Report on sanitation, dispensaries, and jails in Rajputana for 1917, and on vaccination for the year 1917-1918 - 1917-1918
Year: 1917
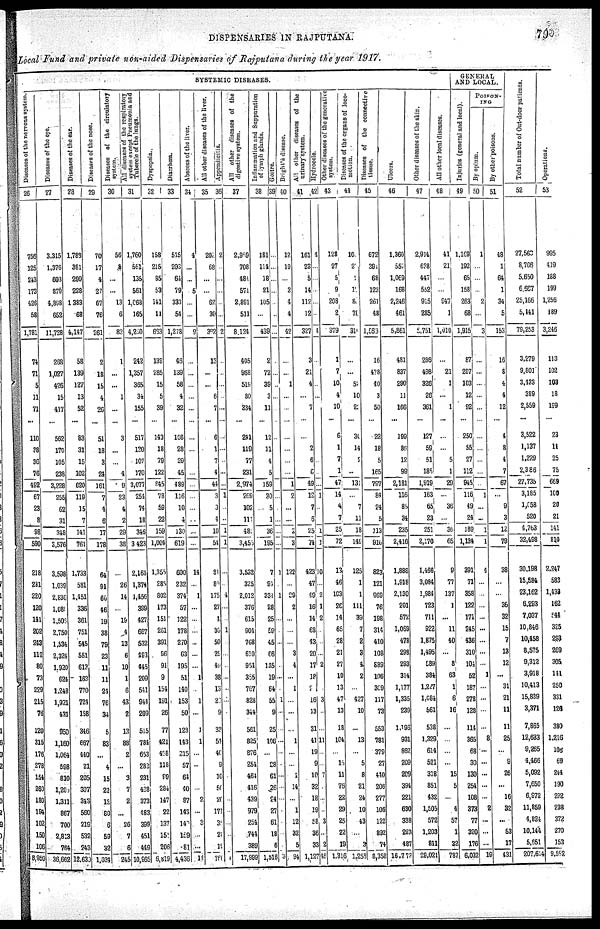
DISPENSARIES IN RAJPUTANA.
79
Local Fund and private non-aided Dispensaries of Rajputana during the year 1917.
SYSTEMIC DISEASES.
Diseases of the nervous system.
26
756
125
243
173
426
58
1,781
74
71
5
11
71
...
110
38
36
76
492
67
23
8
98
590
218
281
220
120
141
202
243
112
80
73
229
215
76
120
315
176
278
154
260
180
194
102
150
106
8,950
Diseases
of the eye.
27
3,315
1,376
608
879
4,898
652
11,728
268
1,027
426
15
417
...
562
176
105
238
3,228
255
62
31
348
3,576
3,598
1,039
2,836
1,080
1,508
2,750
1,534
2,324
1,920
624
1,248
1,921
431
950
1,160
1,064
598
810
1,206
1,311
867
700
2,813
764
36,662
Diseases of the ear.
28
1,788
381
299
228
1,383
68
4,147
58
139
127
13
52
...
83
31
15
102
620
119
15
7
141
761
1,733
581
1,451
336
361
751
545
551
613
163
770
724
158
346
667
440
21
205
307
343
560
219
532
243
12,630
Diseases of the nose.
29
70
17
4
27
67
76
261
2
18
15
4
26
...
51
18
3
24
161
7
4
6
17
178
64
91
60
46
19
38
79
23
11
11
24
76
34
5
83
...
4
15
22
12
80
6
59
32
1,034
Diseases of the circulatory
system.
30
56
8
...
...
13
6
82
1
...
...
1
...
...
3
...
...
4
9
23
4
2
29
38
...
26
14
...
19
4
13
6
10
1
6
43
2
13
88
2
...
3
7
2
...
26
7
6
245
All diseases of the respiratory
system except Pneumonia and
Tubercle of the lungs.
31
1,760
561
135
561
1,068
165
4,250
242
1,257
365
34
155
...
517
120
107
170
3,077
254
74
18
346
3,423
2,161
1,374
1,456
399
427
667
532
493
445
209
541
944
209
515
784
663
282
231
438
373
483
399
451
449
10,965
Dyspepsia.
32
158
215
85
53
141
11
663
139
285
15
5
39
...
143
18
79
122
845
78
59
22
159
1,004
1,355
285
802
173
151
261
391
96
91
9
154
191
26
77
421
428
118
99
284
147
22
137
151
206
6,819
Diarrhœa.
33
515
203
64
79
333
54
1,278
46
139
58
4
32
...
108
28
29
45
489
116
10
4
130
619
600
232
374
57
122
178
270
63
195
51
140
153
50
128
143
215
57
64
40
87
143
140
159
81
4,436
Abscess of the liver.
34
4
...
...
5
...
...
9
...
...
...
...
...
...
...
...
...
...
...
...
...
...
...
...
14
...
1
...
...
...
...
...
...
1
...
1
...
1
1
...
..
...
...
2
...
2
...
...
14
All other diseases of the liver.
35
202
68
...
...
62
30
362
13
...
...
6
7
...
6
1
7
4
44
3
3
4
10
54
81
80
175
27
4
30
50
25
40
38
13
2
9
33
54
40
9
10
56
20
171
3
24
19
760
Appendicitis.
36
2
...
...
...
...
...
2
...
...
...
...
...
...
...
...
...
...
...
1
...
...
1
1
...
...
4
...
...
1
...
...
...
...
...
...
...
...
...
...
...
...
...
...
...
...
...
...
4
All other diseases of the
digestive system.
37
2,989
708
484
571
2,891
511
8,124
405
968
519
80
234
...
241
119
77
231
2,974
269
102
111
482
3,456
3,532
325
2,012
376
615
904
768
610
954
355
767
828
344
561
825
876
254
464
416
439
979
284
744
389
17,999
Inflammation and Suppuration
of lymph glands.
38
181
114
18
21
105
...
439
2
72
39
3
11
...
12
11
4
5
159
30
5
1
36
195
7
94
334
28
25
59
45
66
135
19
64
55
9
25
106
...
28
61
26
24
27
61
18
6
l,516
Goitre.
39
...
...
...
...
...
...
...
...
...
...
...
...
...
...
...
...
...
...
...
...
...
...
...
1
...
1
...
...
...
...
...
...
...
...
1
...
...
...
...
...
...
...
...
...
...
...
...
3
Bright's disease.
40
12
19
...
3
4
4
42
...
...
1
...
...
...
...
...
...
...
1
2
...
...
2
3
122
...
29
2
...
...
...
3
4
...
1
...
...
...
1
...
...
1
14
...
1
12
32
5
94
All
other diseases of the
urinary system.
41
161
23
5
14
112
12
327
3
21
4
...
7
...
...
2
6
6
49
12
7
6
25
74
423
47
49
16
14
68
43
20
17
18
2
16
13
31
41
19
9
10
32
18
19
58
36
33
1,127
Hydrocele.
42
4
...
...
...
...
...
4
...
...
...
...
...
...
...
...
...
...
...
1
...
...
1
1
10
...
2
1
2
...
...
...
2
...
...
3
...
...
11
...
...
7
...
...
...
3
...
2
46
Other diseases of the generative
system.
43
128
27
5
9
208
2
379
1
7
10
4
10
...
6
1
7
1
47
14
4
7
26
72
13
46
163
26
14
65
28
21
27
10
13
47
13
18
104
...
15
11
76
22
29
25
22
19
1,316
Diseases of the organs of loco-
motion.
44
10
2
1
12
8
78
311
...
52
10
23
...
30
14
2
...
131
...
7
11
18
149
125
1
1
111
39
7
2
3
4
2
...
427
10
...
13
...
5
8
21
24
10
43
...
3
1,258
Diseases of the connective
tissue.
45
672
391
68
123
261
48
1,563
16
478
40
3
50
...
22
18
5
165
797
84
24
5
113
910
823
121
969
76
198
314
410
108
889
106
309
117
73
553
781
379
27
440
206
277
106
122
892
74
8,358
Ulcers.
46
1,360
557
1,069
168
2,246
461
5,861
481
837
290
11
166
...
199
86
12
99
2,181
116
85
34
235
2,416
1,888
1,918
2,130
201
572
1,069
478
298
293
314
1,177
1,335
239
1,196
931
862
209
209
394
221
630
338
223
487
16,773
Other diseases of the skin.
47
2,914
638
447
552
915
285
5,751
286
498
326
26
361
...
127
59
51
185
1,919
163
65
23
251
2,170
1,466
3,084
1,984
723
711
922
1,876
1,495
589
384
1,227
1,084
561
538
1,329
614
521
318
851
432
1,505
572
1,203
841
29,021
All
other local diseases.
48
41
21
...
...
947
1
1,010
...
21
1
1
...
...
...
5
1
29
...
36
...
36
65
9
77
137
1
...
11
40
...
8
63
1
6
16
...
...
...
...
15
5
...
4
57
1
22
787
GENERAL
AND LOCAL.
Injuries (general and local).
49
1,109
192
65
158
263
68
1,915
87
207
103
12
92
...
250
55 27
112
945
116
49
24
189
1,134
391
71
358
122
171
245
436
310
104
52
187
278
128
114
365
68
30
130
254
108
373
77
320
176
6,032
POISON¬
ING.
By opium.
50
1
...
...
...
2
...
3
...
...
...
...
...
...
...
...
...
...
...
1
...
...
1
1
4
...
...
...
...
...
...
...
...
1
...
...
...
...
8
...
...
...
...
...
2
...
...
...
19
By other poisons.
51
48
1
64
1
34
5
153
16
8
4
4
12
...
4
8
4
7
67
...
9
3
12
79
38
...
...
36
32
15
7
13
12
...
31
21
11
11
25
...
9
26
...
16
32
...
53
17
431
Total number of Out-door patients.
52
27,563
8,766
5,650
6,667
25,166
5,141
79,253
3,279
9,801
3,433
389
2,559
...
3,522
1,137
1,229
2,386
27,735
3,185
1,058
520
4,763
32,498
30,198
15,584
23,162
6,293
7,037
10,846
10,458
8,575
9,312
3,918
10,413
15,839
3,371
7,865
12,633
9,265
4,466
5,092
7,650
6,972
11,859
4,824
10,144
5,651
207,614
Operations.
53
995
419
188
199
1,256
189
3,246
113
102
103
18
199
...
23
11
25
75
669
100
20
21
141
810
2,247
583
1,432
162
544
325
293
269
305
141
250
331
126
380
1,216
106
69
244
190
292
238
372
270
153
9,582